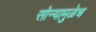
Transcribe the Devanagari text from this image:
सोन्यामुळेच